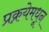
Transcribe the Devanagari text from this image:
प्रक्रयेमधून